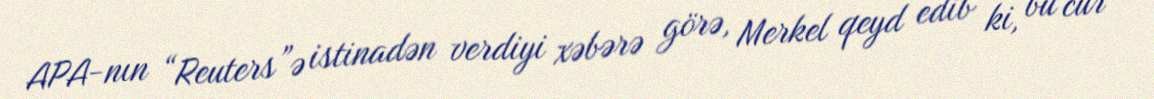
APA-nın “Reuters”ə istinadən verdiyi xəbərə görə, Merkel qeyd edib ki, bu cür